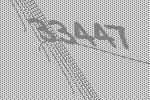
33447